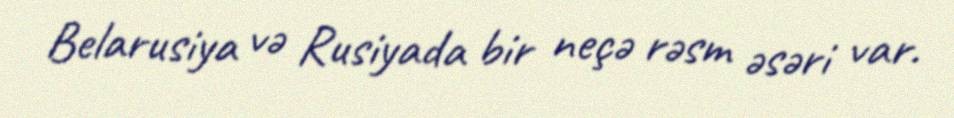
Belarusiya və Rusiyada bir neçə rəsm əsəri var.